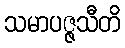
သမာပဇ္ဇသီတိ